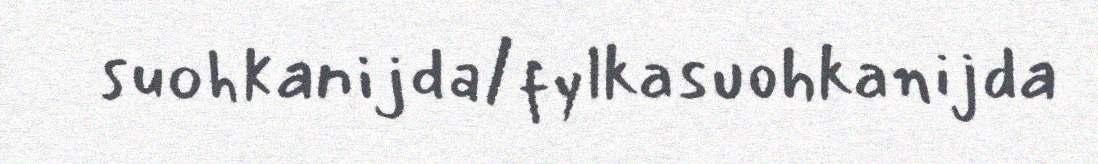
suohkanijda/fylkasuohkanijda